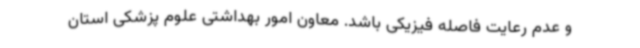
و عدم رعایت فاصله فیزیکی باشد. معاون امور بهداشتی علوم پزشکی استان